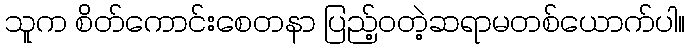
သူက စိတ်ကောင်းစေတနာ ပြည့်ဝတဲ့ဆရာမတစ်ယောက်ပါ။